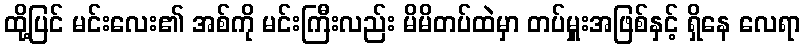
ထို့ပြင် မင်းလေး၏ အစ်ကို မင်းကြီးလည်း မိမိတပ်ထဲမှာ တပ်မှူးအဖြစ်နှင့် ရှိနေ လေရာ